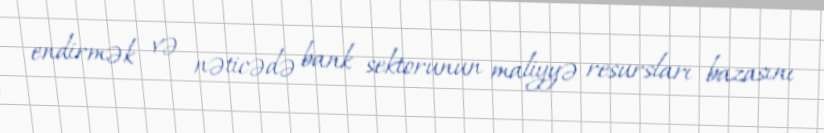
endirmək və nəticədə bank sektorunun maliyyə resursları bazasını